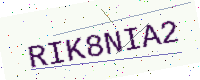
Text: RIK8NIA2